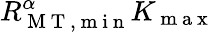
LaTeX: R_{\mathrm{~M~T~,~m~i~n~}}^{\alpha}K_{\mathrm{~m~a~x~}}